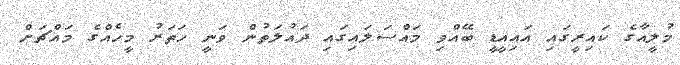
މުލީއާގެ ކައިރީގައި އައިއީޑީ ބޭއްވި މައްސަލައިގައި ދައުލަތުން ވަނީ ހަތަރު މީހެއްގެ މައްޗަށް